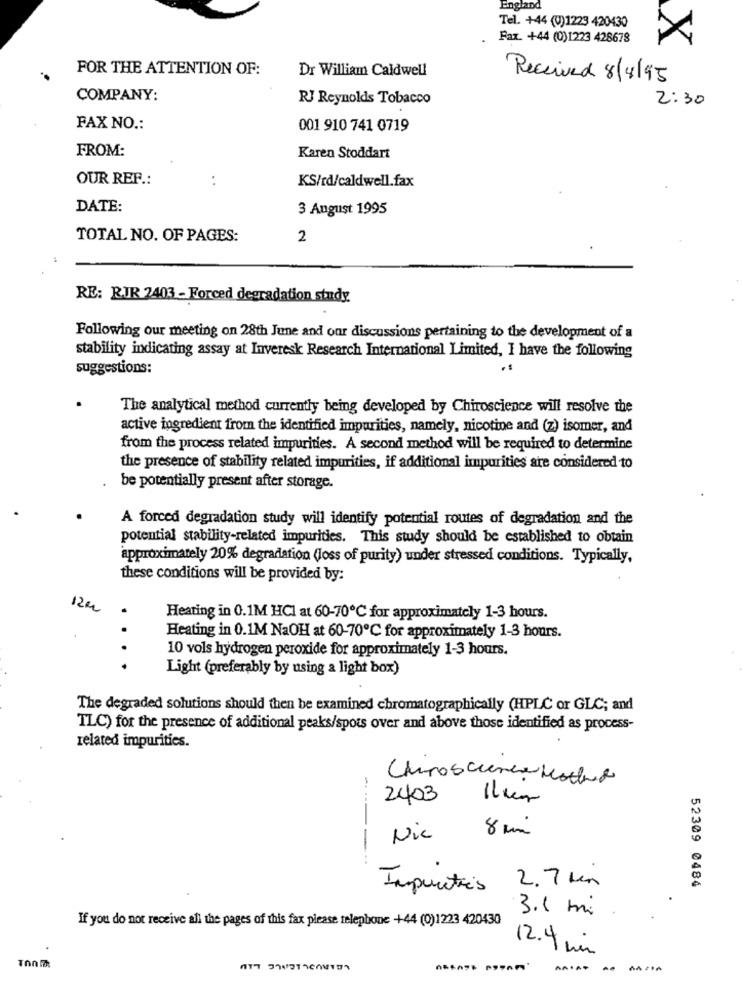
England
Tel. +44 (0)1223 420430
Fax. +44 (0)1223 428678
FOR THE ATTENTION OF:
Dr William Caldwell
Received 8/8/95
COMPANY:
RJ Reynolds Tobacco
2:30
FAX NO .:
001 910 741 0719
FROM:
Karen Stoddart
OUR REF .:
..
KS/td/caldwell.fax
DATE:
3 August 1995
TOTAL NO. OF PAGES:
2
RE: RJR 2403 - Forced degradation study.
Following our meeting on 28th June and our discussions pertaining to the development of a
stability indicating assay at Inveresk Research International Limited, I have the following
suggestions:
The analytical method currently being developed by Chiroscience will resolve the
active ingredient from the identified impurities, namely, nicotine and (z) isomer, and
from the process related impurities. A second method will be required to determine
the presence of stability related impurities, if additional impurities are considered to
be potentially present after storage.
A forced degradation study will identify potential routes of degradation and the
potential stability-related impurities. This study should be established to obtain
approximately 20% degradation (loss of purity) under stressed conditions. Typically,
these conditions will be provided by:
12 m
Heating in 0.1M HCI at 60-70℃ for approximately 1-3 hours.
Heating in 0.1M NaOH at 60-70℃ for approximately 1-3 hours.
10 vols hydrogen peroxide for approximately 1-3 hours.
.. .
Light (preferably by using a light box)
The degraded solutions should then be examined chromatographically (HPLC or GLC; and
TLC) for the presence of additional peaks/spots over and above those identified as process-
related impurities.
Chiroscience Meathead
2403
8 mm
Nic
Impurities 2.7 Mm
52309 0484
3.1 mi
If you do not receive all the pages of this fax please telephone +44 (0)1223 420430
12.4 km
AA+A +